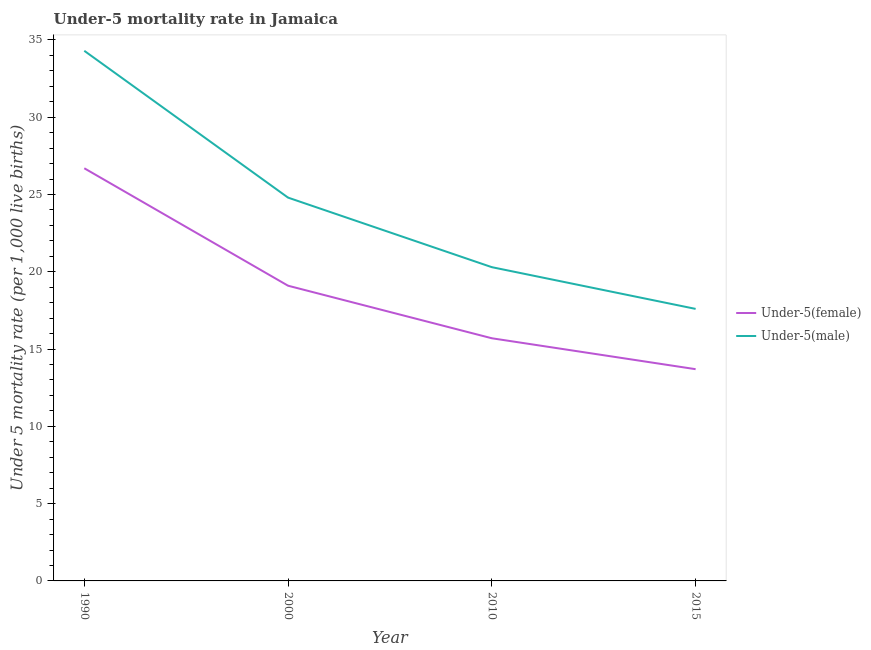
| Year | Under-5(female) | Under-5(male) |
 | --- | --- | --- |
 | 1990 | 26.7 | 34.3 |
 | 2000 | 19.1 | 24.8 |
 | 2010 | 15.7 | 20.3 |
 | 2015 | 13.7 | 17.6 |